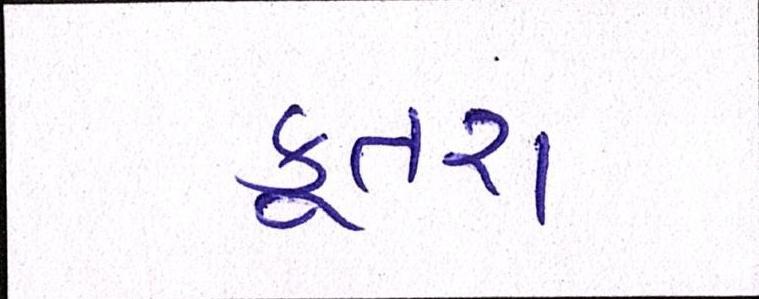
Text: કૂતરા